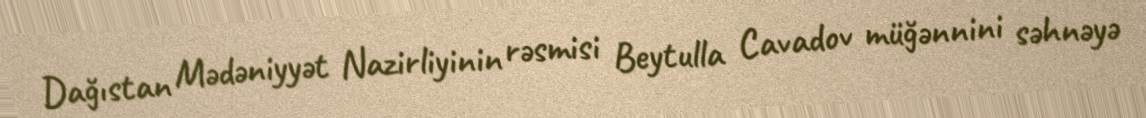
Dağıstan Mədəniyyət Nazirliyinin rəsmisi Beytulla Cavadov müğənnini səhnəyə